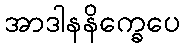
အာဒါနနိက္ခေပေ